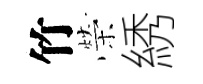
竹榮綉